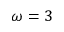
\omega = 3